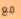
مع